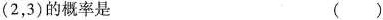
(2，3)的概率是 ()